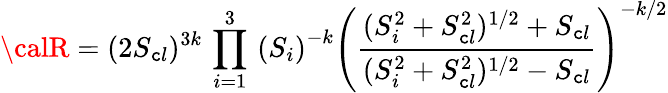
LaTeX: {\calR}=(2S_{\mathtt{c}l})^{3k}\, \prod_{i=1}^{3}\, \left(S_{i}\right)^{-k}\left(\frac{{(S_{i}^{2}+S_{\mathtt{c}l}^{2})^{1/2}+S_{\mathtt{c}l}}}{{(S_{i}^{2}+S_{\mathtt{c}l}^{2})^{1/2}-S_{\mathtt{c}l}}}\right)^{-k/2}